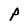
Character: P